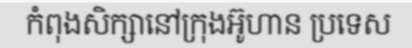
កំពុងសិក្សានៅក្រុងអ៊ូហាន ប្រទេស